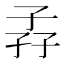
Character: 孨